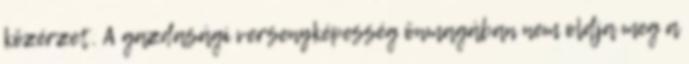
közérzet. A gazdasági versenyképesség önmagában nem oldja meg a